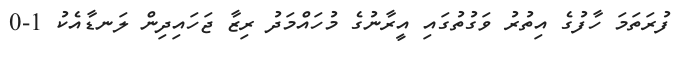
ފުރަތަމަ ހާފުގެ އިތުރު ވަގުތުގައި އީރާނުގެ މުހައްމަދު ރިޒާ ޖަހައިދިން ލަނޑާއެކު 1-0